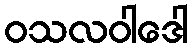
ဝသလဝါဒေါ